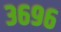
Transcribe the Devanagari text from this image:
३६९६